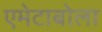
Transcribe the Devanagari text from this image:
एमेटाबोला